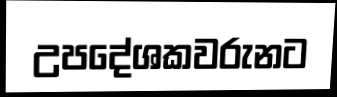
උපදේශකවරුනට